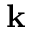
{ \bf k }